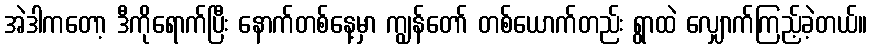
အဲဒါကတော့ ဒီကိုရောက်ပြီး နောက်တစ်နေ့မှာ ကျွန်တော် တစ်ယောက်တည်း ရွာထဲ လျှောက်ကြည့်ခဲ့တယ်။